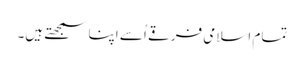
تمام اسلامی فرقے اُسے اپنا سمجھتے ہیں۔